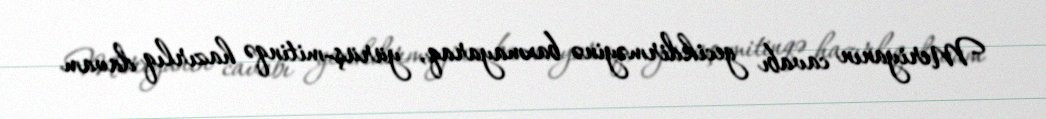
Meriyanın cavabı gecikdirməyinə baxmayaraq, yürüş-mitinqə hazırlıq davam